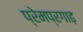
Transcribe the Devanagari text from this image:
प्रेमप्रगाढ़